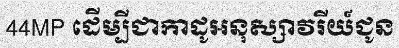
44MP ដើម្បីជាកាដូអនុស្សាវរីយ៍ជូន